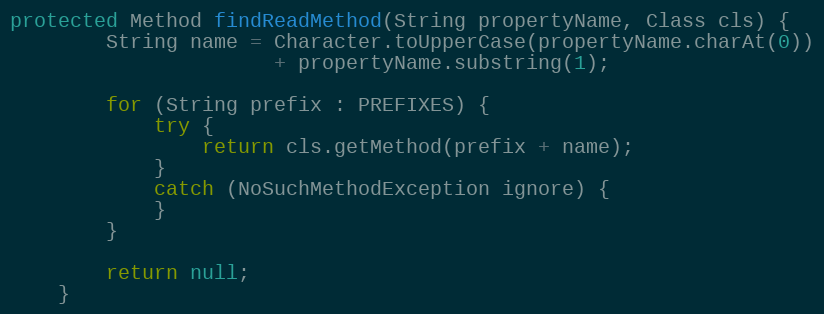
Language: Java
protected Method findReadMethod(String propertyName, Class cls) {
        String name = Character.toUpperCase(propertyName.charAt(0))
                      + propertyName.substring(1);

        for (String prefix : PREFIXES) {
            try {
                return cls.getMethod(prefix + name);
            }
            catch (NoSuchMethodException ignore) {
            }
        }

        return null;
    }